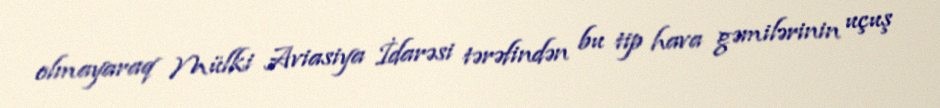
olmayaraq Mülki Aviasiya İdarəsi tərəfindən bu tip hava gəmilərinin uçuş